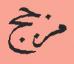
مزجج